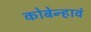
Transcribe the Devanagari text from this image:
कोबेन्हावं